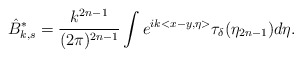
\begin{align*}\hat B^*_{k,s}=\frac{k^{2n-1}}{(2\pi)^{2n-1}}\int e^{ik<x-y,\eta>}\tau_\delta(\eta_{2n-1})d\eta.\end{align*}